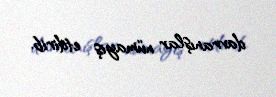
davranışlar nümayiş etdirib.